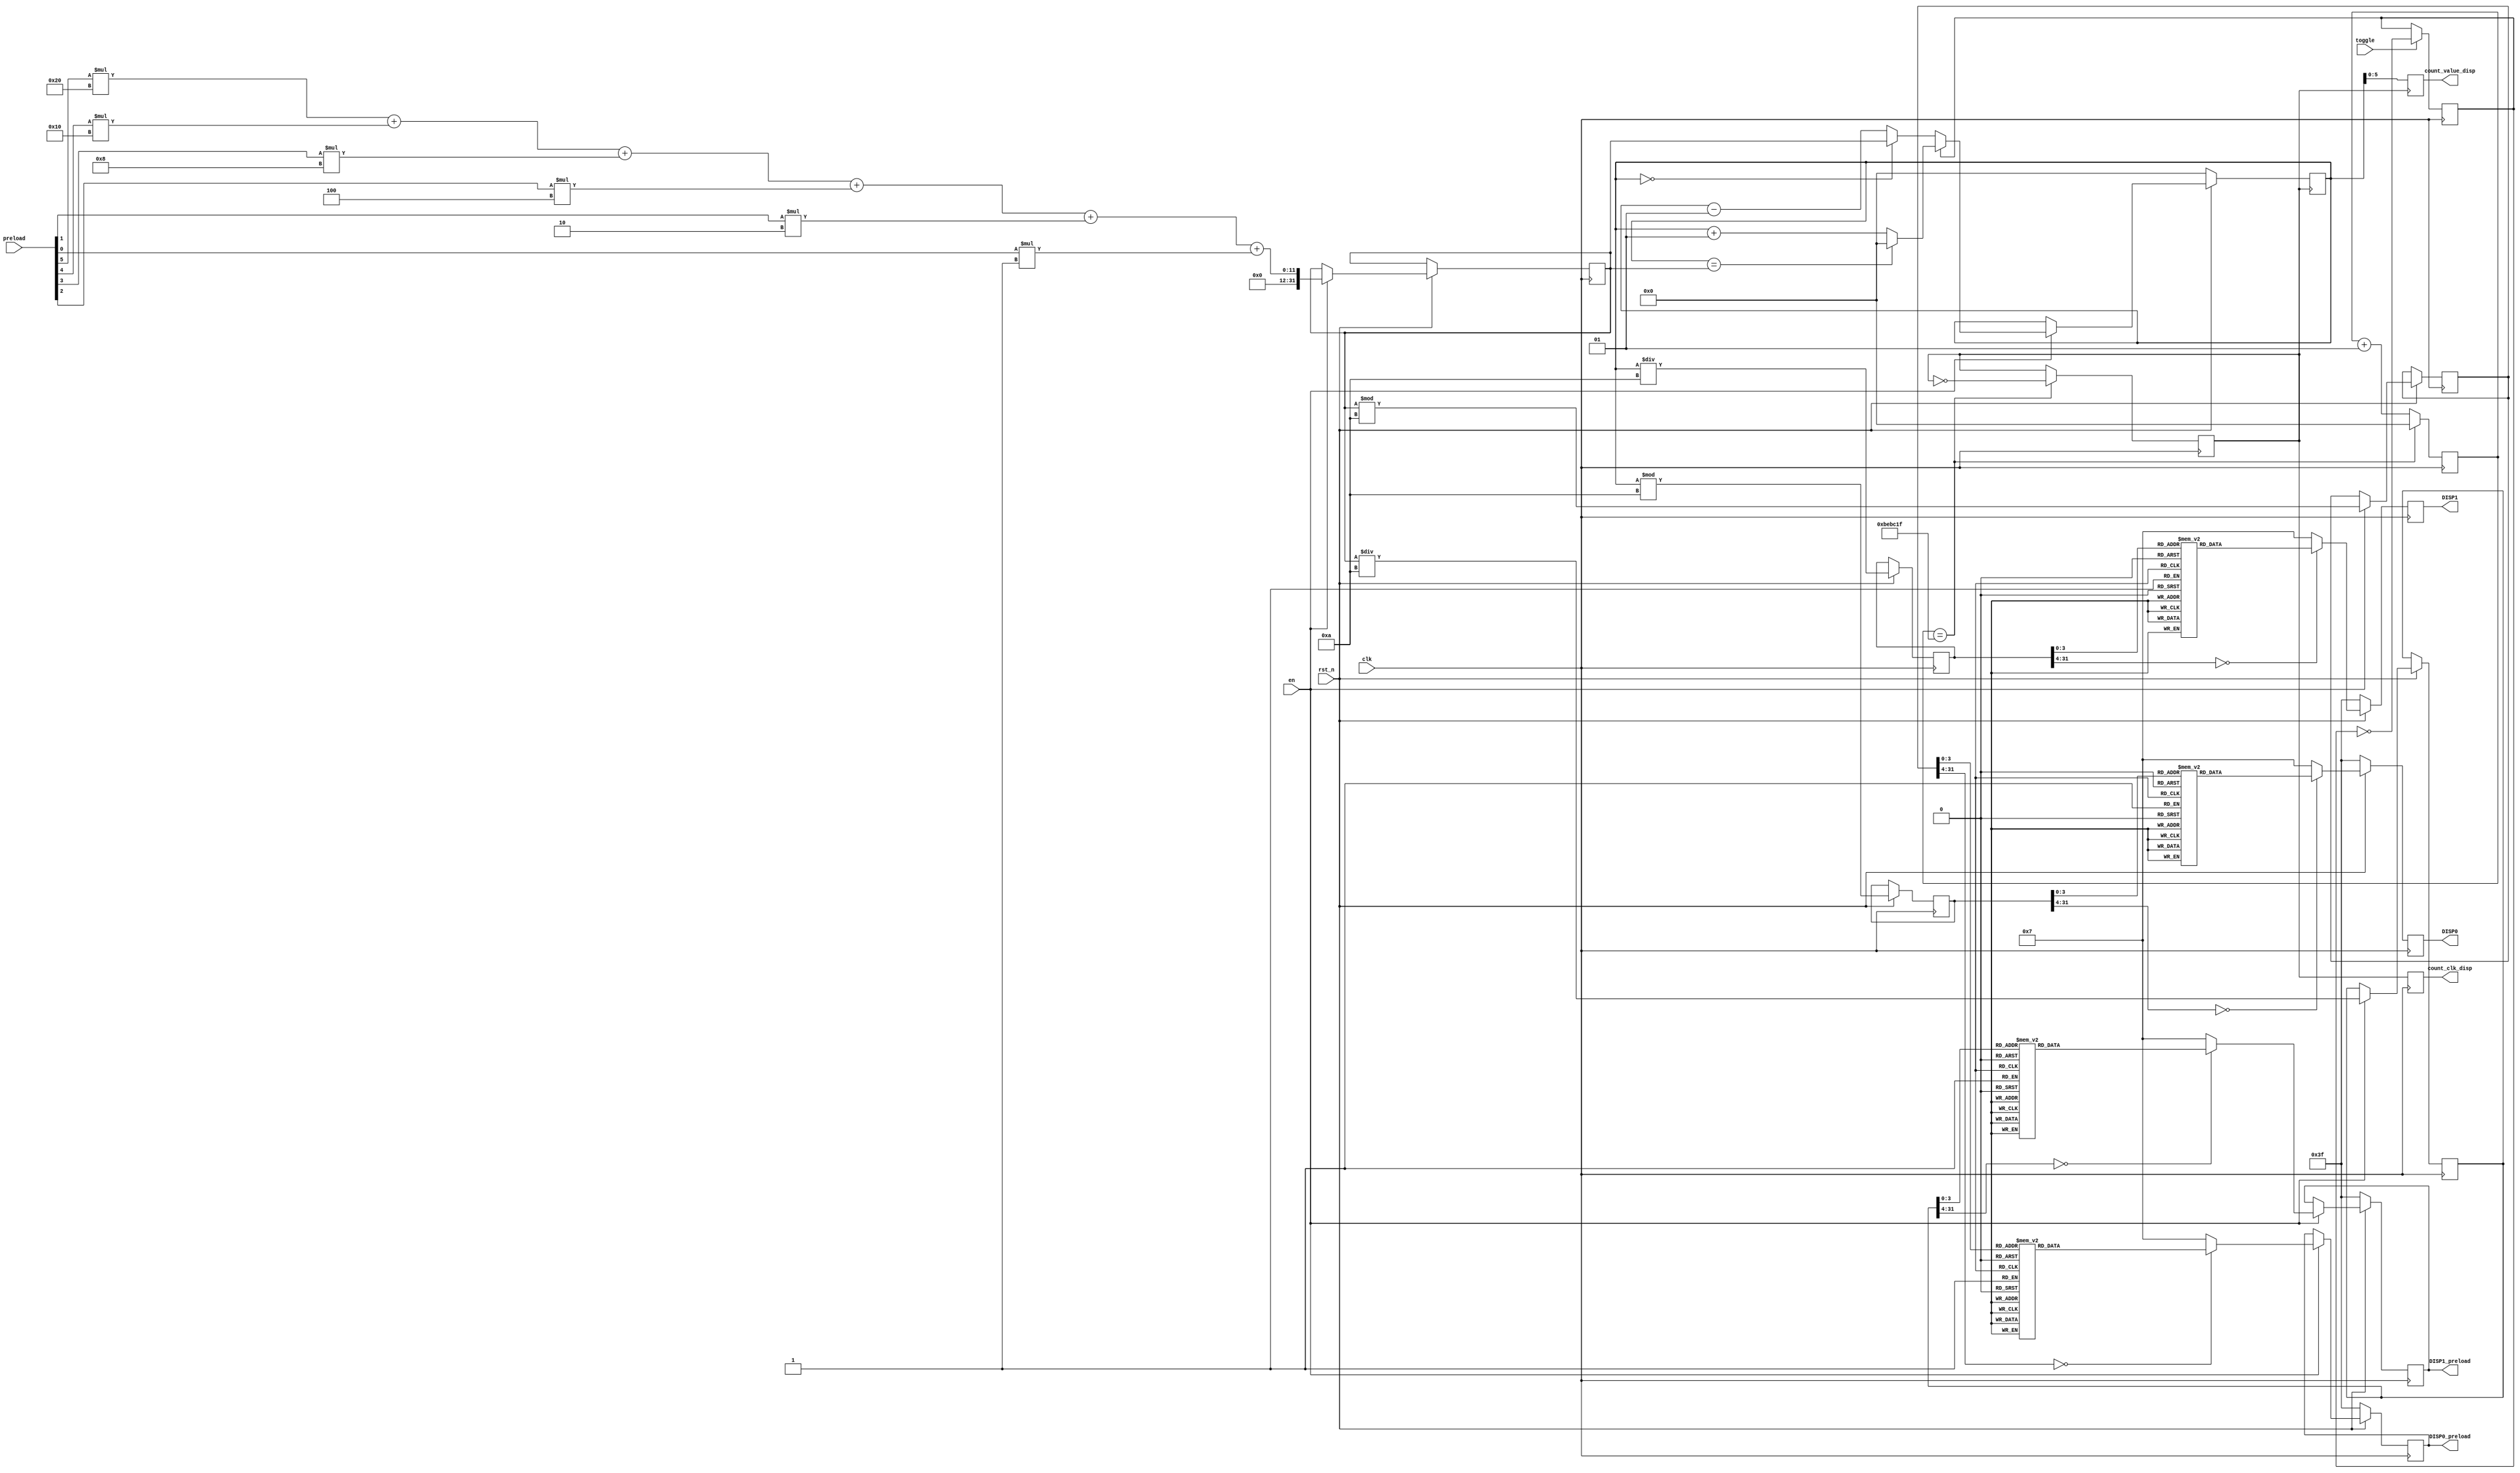
module counter(
   	input clk, // 50Mhz clock
    input rst_n, // active-low reset
    input toggle, // toggle for counting direction
    input en, 		// enable
    input [5:0] preload, // 6-bit preload
    output reg [7:0] DISP1_preload, // reg for 7-seg display value for preload
    output reg [7:0] DISP0_preload, 
    output reg [7:0] DISP1, // reg for 7-seg display value for count_value_number
    output reg [7:0] DISP0, 
		output reg [5:0] count_value_disp, // 6 bit register to store the current count value, used for modelsim
    output reg count_clk_disp		 //  1 bit which is used to display the slow clock in modelsim
    
);
// 
	// Variables
		integer load_value = 0; // initialize the decimal loaded value to 0
		integer load_digit0 =0; // initialize the 0th digit to 0
		integer load_digit1 =0; // initialize the 10's digit to 0
		reg count_up = 1'b1; // Initialize count_up with b'1 to start the program counting up

		integer count_value_frequency = 0;	//used to store the # of counted impulses from the 50MHz clock input
		localparam div_value = 12499999;		//SET to '12499999' for FPGA implementation , use '2' for modelsim 
																				//50MHz to 2Hz(0.5s): (50M/2*2)-1 = 12,500,000-1 = 12499999 

		reg count_clk = 1'b1; //value of slow clock, sent to count_value_disp to be shown in modelsim  

		integer count_value_number = 0; //set the counter to 0 initially
		integer up_end = 0;							// initialice the counting ceiling, assiged the calue from 
		integer down_end = 0;						// count floor value

		integer count_digit0 = 0; //lower digit on LED
		integer count_digit1 = 0; //upper digit (10th) on LED

	// SETUP FOR PRELOAD VALUE AND CONFIGURE PRELOAD DISPLAYS
	 always @(posedge clk) 	
	  begin 						
	    
		 if(!rst_n) // RESET = 0, Reset is active
	      begin 
	           DISP1_preload <= 7'b0111111; //set disp1 to 0 
	           DISP0_preload <= 7'b0111111; //set disp0 to 0 
	      end   
		 
		 else if(en) // RESET = 1 AND EN = 1
	      begin 
	      // load value is obtained from switches in binary, this binary value is converted to decimal to simplify the case statement
	        load_value <= preload[5]*32 + preload[4]*16 + preload[3]*8 + preload[2]*4 + preload[1]*2 + preload[0]*1; 
	        up_end = load_value; // update the count ceiling with the loaded value so the counter stops here
	        load_digit0 <= load_value % 10;	// modulus 10 extracts the 1's digit from the 2 digit decimal number
			case(load_digit0)        	                                               
			  0: DISP0_preload <= 7'b1000000; 		//the remainder will be displayed in the 1's place on the display
			  1: DISP0_preload <= 7'b1111001; 		// Ex. 13%10 = 3
			  2: DISP0_preload <= 7'b0100100; 
			  3: DISP0_preload <= 7'b0110000; 
			  4: DISP0_preload <= 7'b0011001; 
			  5: DISP0_preload <= 7'b0010010; 
			  6: DISP0_preload <= 7'b0000010; 
			  7: DISP0_preload <= 7'b1111000; 
			  8: DISP0_preload <= 7'b0000000; 
			  9: DISP0_preload <= 7'b0011000; 
			  default: DISP0_preload <= 7'b0000111; 
			endcase 
		  load_digit1 <= load_value / 10; // divding by 10, then updating load_digit1 will extract the 10's digit from the load value
			case(load_digit1)        	   
			  0: DISP1_preload <= 7'b1000000;		// the variable type is an integer, the remainder will not be stored.  
			  1: DISP1_preload <= 7'b1111001;		
			  2: DISP1_preload <= 7'b0100100; 
			  3: DISP1_preload <= 7'b0110000; 
			  4: DISP1_preload <= 7'b0011001; 
			  5: DISP1_preload <= 7'b0010010; 
			  6: DISP1_preload <= 7'b0000010; 
			  7: DISP1_preload <= 7'b1111000; 
			  8: DISP1_preload <= 7'b0000000; 
			  9: DISP1_preload <= 7'b0011000; 
			  default: DISP1_preload <= 7'b0000111; 
			endcase       
	      
			end      
	  
	  end 
	//
	//
	//
	//
	// TOGGLE FUNCTION, relate count_up/down to toggle key   
	  always @(posedge clk)                
	    begin                                   
	      
			if(toggle) // toggle = 1, count direction is changed
	        begin
	        	count_up <= ~count_up;
	        
			 end
	    
		 end
	//
	//
	//
	//
	//50MHz to 2Hz(0.5s): (50M/2*2)-1 = 12,500,000-1 = 12499999 
	// COUNTING FOR SLOW CLOCK ---> count_value_frequency
	  always @(posedge clk) 
	    begin 
	      
			if(count_value_frequency == div_value) 
				count_value_frequency <= 0; // once the clock has reached the division value to give 2Hz, reset the counter
			  
			  else 
				count_value_frequency <= count_value_frequency + 1; 
		end 
	//
	//
	//
	//
	//
	// SLOW CLOCK GENERATION ---> count_clk
	  always @(posedge clk) 
	   begin   
	     if (count_value_frequency == div_value)     
	       count_clk <= ~count_clk;			// Once countfequency reaches div_value (12499999), count_clk gets toggled
	     else
	      count_clk <= count_clk; 			// count_clk remains constant otherwise
	       
	   
	       count_clk_disp = count_clk;  // display the clock for modelsim
		
	   end         
	//
	//
	//
	//
	//
	// COUNTING FUNCTION ----> count_value_number
		// covers reset, up/down, and toggle conditions
	   always @(posedge count_clk)          
	   begin 
	    
		if (!rst_n)    //CONDITION 1: RESET=0, DISABLE OUTPUT
	       count_value_number <= 0; 
		//    
		else 									//CONDITION 2.1: RESET=1, ENABLE OUTPUT
			if(en)							//CONDITION 2.2: EN=1, ENABLE COUNTER
			begin 
			  
			  if(count_up)					//CONDITION 2.2.1: COUNT_UP=1, COUNT UP                  
				begin 
				  
				  if(count_value_number == load_value) 	//CONDITION 2.2.1.1: count_value_number=up_end(preload), SET count_value_number=0
					count_value_number <= 0; 

				  else 																	//CONDITION 2.2.1.2: count_value_number != up_end(preload), INCREMENT count_value_number
					count_value_number <= count_value_number + 1; 
				end
			  

		//
			else 										//CONDITION 2.2.2: COUNT_UP=0, COUNT DOWN
				begin 
				
				  if(count_value_number == down_end) 		//CONDITION 2.2.2.1: count_value_number=down_end(0), SET count_value_number=load_value
					count_value_number <= load_value; 

				  else 																	//CONDITION 2.2.2.2: count_value_number != 0, DECREMENT count_value_number
					count_value_number <= count_value_number - 1; 
				end
				
			end  
		
		else 								//CONDITION 2.3: EN=0: DISABLE COUNTER (HOLD CURRENT VALUE) 
			count_value_number <= count_value_number; 
	    
	  count_value_disp = count_value_number;

	  end
	//
	//
	//
	//
	//
	// DISPLAY count_value_number ON 7-SEGMENT DISPLAY
	 always @(posedge clk) //at posedge of 50MHz clock,
	  begin 
	    if(!rst_n) //
	      begin 
	           DISP1 <= 7'b0111111; //set disp1 to 0 
	           DISP0 <= 7'b0111111; //set disp0 to 0 
	      end 
	    
		else
	      begin 
	 
	        count_digit0 <= count_value_number%10; 
		      case(count_digit0) 
			  0: DISP0 <= 7'b1000000; 
			  1: DISP0 <= 7'b1111001; 
			  2: DISP0 <= 7'b0100100; 
			  3: DISP0 <= 7'b0110000; 
			  4: DISP0 <= 7'b0011001; 
			  5: DISP0 <= 7'b0010010; 
			  6: DISP0 <= 7'b0000010; 
			  7: DISP0 <= 7'b1111000; 
			  8: DISP0 <= 7'b0000000; 
			  9: DISP0 <= 7'b0011000; 
	          default: DISP0 <= 7'b0000111; 
	        endcase 
	        
	        count_digit1 <= count_value_number/10;  
		      case(count_digit1) 
			  0: DISP1 <= 7'b1000000; 
			  1: DISP1 <= 7'b1111001; 
			  2: DISP1 <= 7'b0100100; 
			  3: DISP1 <= 7'b0110000; 
			  4: DISP1 <= 7'b0011001; 
			  5: DISP1 <= 7'b0010010; 
			  6: DISP1 <= 7'b0000010; 
			  7: DISP1 <= 7'b1111000; 
			  8: DISP1 <= 7'b0000000; 
			  9: DISP1 <= 7'b0011000; 
	          default: DISP1 <= 7'b0000111; 
	        endcase 
	      end
	 end 
	//
	//
	//
	//
	//
endmodule